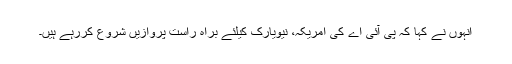
انہوں نے کہا کہ پی آئی اے کی امریکہ، نیویارک کیلئے براہ راست پروازیں شروع کررہے ہیں۔